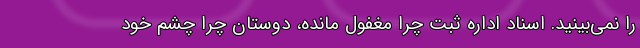
را نمی‌بینید. اسناد اداره ثبت چرا مغفول مانده، دوستان چرا چشم خود